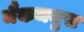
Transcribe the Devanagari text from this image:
मैकमनुस